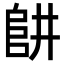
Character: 𨸥